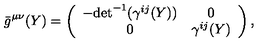
{ } \bar { g } ^ { \mu \nu } ( Y ) = \left( \begin{array} { c c } { - { \det } ^ { - 1 } ( \gamma ^ { i j } ( Y ) ) } & { 0 } \\ { 0 } & { \gamma ^ { i j } ( Y ) } \\ \end{array} \right) ,